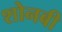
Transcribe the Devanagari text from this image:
शोनबी